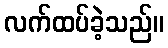
လက်ထပ်ခဲ့သည်။